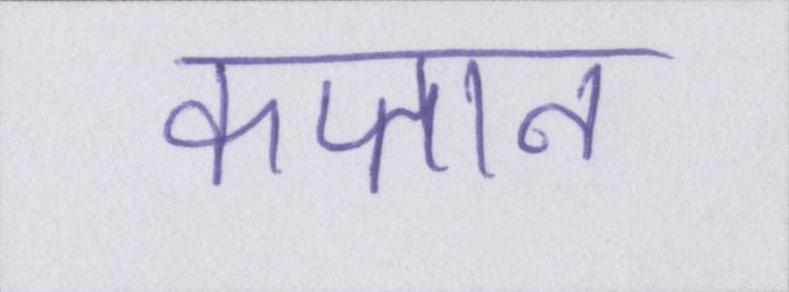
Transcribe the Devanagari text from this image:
कप्तान